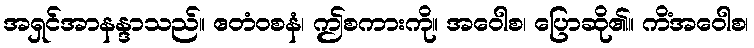
အရှင်အာနန္ဒာသည်။ ဧတံဝစနံ၊ ဤစကားကို။ အဝေါစ၊ ပြောဆို၏။ ကိံအဝေါစ၊